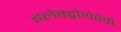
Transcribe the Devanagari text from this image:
इलेक्ट्रोथेरेपी